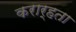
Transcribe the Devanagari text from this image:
करार्हता